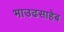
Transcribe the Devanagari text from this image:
भाउढसाहेब